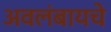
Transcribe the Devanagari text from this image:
अवलंबायचे